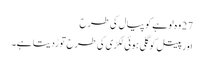
27 وہ لوہے کو پیال کی طرح
اور پیتل کو گلی ہوئی لکڑی کی طرح توڑدیتا ہے۔